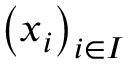
\left( x _ { i } \right) _ { i \in I }